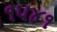
૧૫૪૧